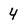
Character: 4